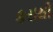
કરાથી